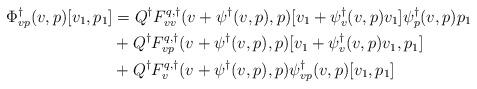
LaTeX: \begin{align*}\Phi^\dagger_{vp}(v,p)[v_1,p_1] &= Q^\dagger F^{q,\dagger}_{vv}(v+\psi^\dagger(v,p),p)[v_1 + \psi_v^\dagger(v,p)v_1]\psi^\dagger_p(v,p)p_1\\&+ Q^\dagger F^{q,\dagger}_{vp}(v+\psi^\dagger(v,p),p)[v_1 + \psi_v^\dagger(v,p)v_1, p_1]\\&+ Q^\dagger F^{q,\dagger}_{v}(v+\psi^\dagger(v,p),p)\psi^\dagger_{vp}(v,p)[v_1,p_1]\end{align*}